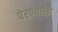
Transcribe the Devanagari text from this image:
पेरण्याला